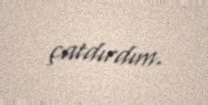
çatdırdım.